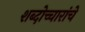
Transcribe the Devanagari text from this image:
शब्दोच्चारांचे